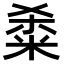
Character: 𫂿